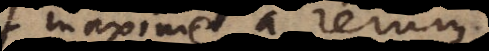
maxime a rerum